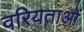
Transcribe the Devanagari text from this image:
वरियताओं